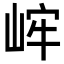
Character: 㟉